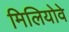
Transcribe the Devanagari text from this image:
मिलियोवे